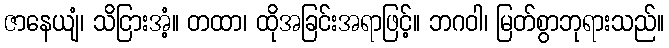
ဇာနေယျံ၊ သိငြားအံ့။ တထာ၊ ထိုအခြင်းအရာဖြင့်။ ဘဂဝါ၊ မြတ်စွာဘုရားသည်။